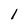
Character: 1